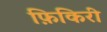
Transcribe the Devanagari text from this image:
फ़िकिरी